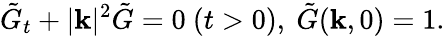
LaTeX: \tilde{G}_{t}+|\mathbf{k}|^{2}\tilde{G}=0\ (t>0),\ \tilde{G}(\mathbf{k},0)=1.